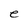
Character: e